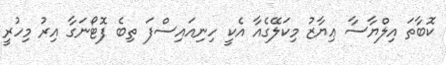
ކޮބާތަ އިލްޔާސާ ޢިޔާޒު މިކަލޭގެއާ އެކީ ހިނިއައިސްފަ ތިބެ ފޮޓޯނަގާ އިރު މިހުރީ